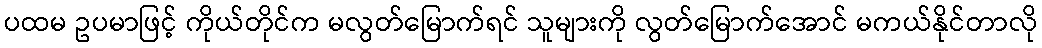
ပထမ ဥပမာဖြင့် ကိုယ်တိုင်က မလွတ်မြောက်ရင် သူများကို လွတ်မြောက်အောင် မကယ်နိုင်တာလို